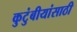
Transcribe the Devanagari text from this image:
कुटुंबीयांसाठी